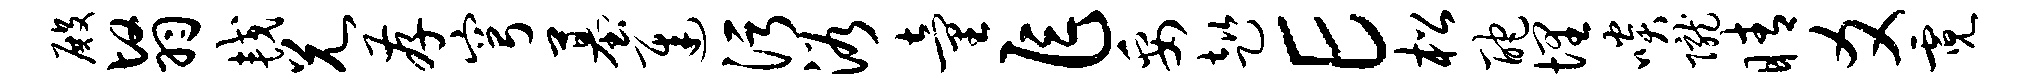
殿翳较兄存穹墓迟污浴童乍妥趑E松酡埋啖陇睛爻霓